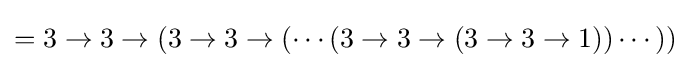
=3\rightarrow 3\rightarrow (3\rightarrow 3\rightarrow (\cdots (3\rightarrow 3\rightarrow (3\rightarrow 3\rightarrow 1))\cdots ))